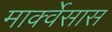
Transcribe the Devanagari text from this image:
मार्क्वेसास